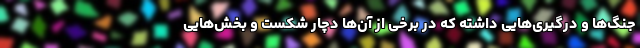
جنگ‌ها و درگیری‌هایی داشته که در برخی از آن‌ها دچار شکست و بخش‌هایی